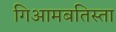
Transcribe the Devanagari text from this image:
गिआमबतिस्ता